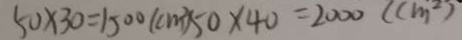
5 0 \times 3 0 = 1 5 0 0 ( c m ^ { 2 } ) 5 0 \times 4 0 = 2 0 0 0 ( c m ^ { 2 } )